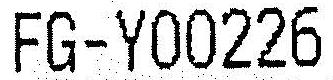
FG-Y00226